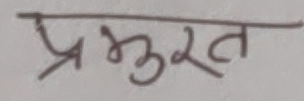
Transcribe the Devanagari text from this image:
प्रभुरत